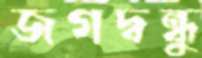
জগদ্বন্ধু